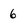
Character: 6